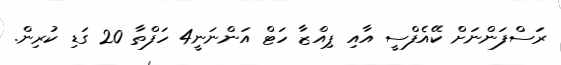
ރަސްފަންނަށް ކޭއެފްސީ އާއި ޕިއްޒާ ހަޓް އަންނަނީ4 ހަފްތާ 20 ގަޑި ކުރިން.